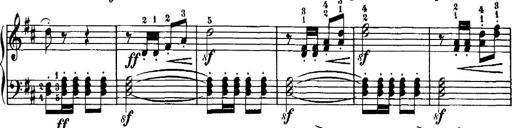
Title: 7 Sonatinas
Composer: Anton Diabelli